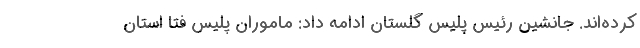
کرده‌اند. جانشین رئیس پلیس گلستان ادامه داد: ماموران پلیس فتا استان